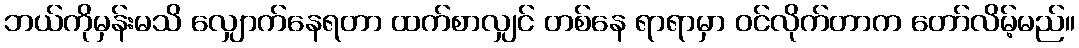
ဘယ်ကိုမှန်းမသိ လျှောက်နေရတာ ထက်စာလျှင် တစ်နေ ရာရာမှာ ဝင်လိုက်တာက တော်လိမ့်မည်။